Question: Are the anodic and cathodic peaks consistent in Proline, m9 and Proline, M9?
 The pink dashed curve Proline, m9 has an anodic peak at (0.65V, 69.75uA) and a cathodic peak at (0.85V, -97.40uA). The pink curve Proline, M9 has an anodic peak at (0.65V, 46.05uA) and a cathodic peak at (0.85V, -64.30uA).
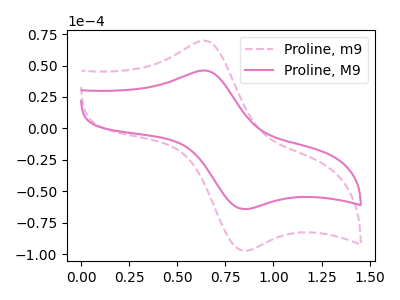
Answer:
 <answer>Yes, "Proline, m9" have a peak in "Proline, M9" at the same potential.</answer>
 <eval>match</eval>